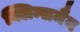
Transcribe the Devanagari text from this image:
क्लिन्समैन